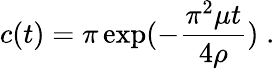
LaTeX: c(t)=\pi\exp(-\frac{\pi^{2}\mu t}{4\rho})\; .